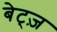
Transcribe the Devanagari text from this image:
बेट्ज़